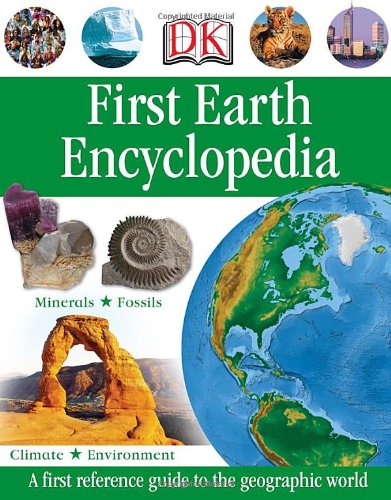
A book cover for First Earth Encyclopedia (DK First Reference); DK Publishing; Children's Books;